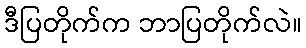
ဒီပြတိုက်က ဘာပြတိုက်လဲ။